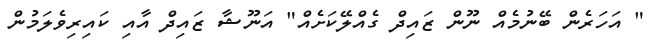
" އަހަރެން ބޭނުމެއް ނޫން ޒައިދް ގެއްލޭކަށެއް" އަނޫޝާ ޒައިދް އާއި ކައިރިވެލަމުން